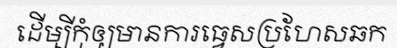
ដើម្បីកុំឲ្យមានការធ្វេសប្រហែសឆក